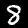
Label: 8